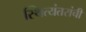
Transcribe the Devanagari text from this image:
स्थित्यंतरांची